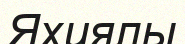
Яхиялы